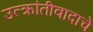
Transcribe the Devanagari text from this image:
उत्क्रांतीवादाचे